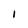
Character: I